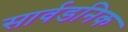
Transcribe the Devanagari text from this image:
सार्वडनिक